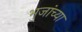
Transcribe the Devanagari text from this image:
भुजांच्या